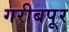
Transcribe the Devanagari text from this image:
गरीबपूर